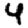
Digit: 4